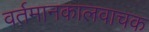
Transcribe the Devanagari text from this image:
वर्तमानकालवाचक